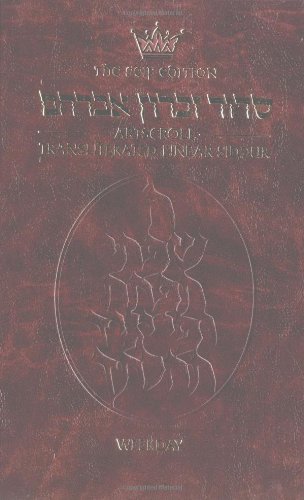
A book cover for Siddur: Transliterated Linear, Weekday; Nosson Scherman; Religion & Spirituality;